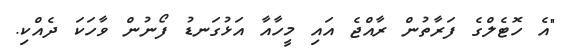
"އެ ހޮޓެލްގެ ފަރާތުން ރާއްޖެ އައި މީހާއާ އަޅުގަނޑު ފޯނުން ވާހަކަ ދެއްކި.